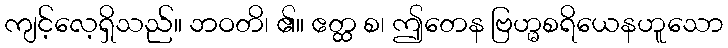
ကျင့်လေ့ရှိသည်။ ဘဝတိ၊ ၏။ ဧတ္ထ စ၊ ဤတေန ဗြဟ္မစရိယေနဟူသော